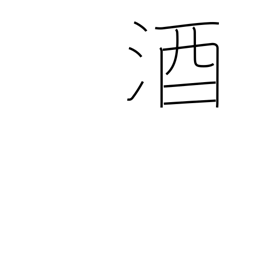
Meaning: sake